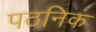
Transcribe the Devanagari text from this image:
पठनिक